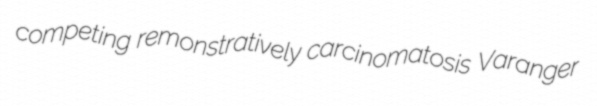
competing remonstratively carcinomatosis Varanger